Civil Veterinary Dept. Assam report 1911-1927 - 1911-1927
Year: 1911
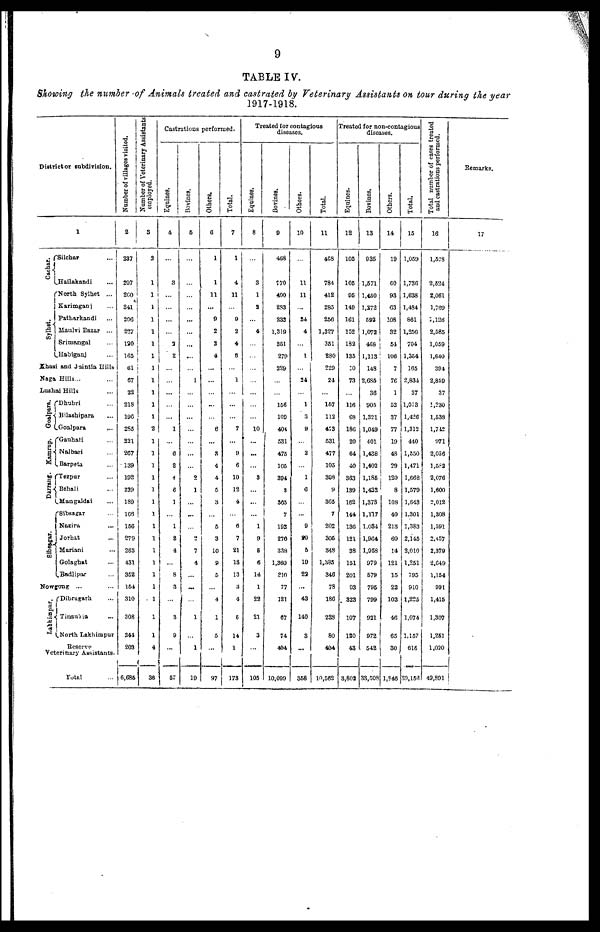
9
TABLE IV.
Showing the number of Animals treated and castrated by Veterinary Assistants on tour during the year
1917-1918.
District or subdivision.
1
Cachar.
Sylhet.
Silchar ...
Hailakandi ...
North Sylhet ...
Karimganj ...
Patharkandi ...
Maulvi Bazar ...
Srimangal ...
Habiganj ...
Khasi and Jaintia Hills.
Naga Hills... ...
Lushai Hills ...
Goalpara.
Kamrup.
Darrang.
Slbsagar.
Dhubri ...
Bilashipara ...
Goalpara ...
Gauhati ...
Nalbari ...
Barpeta ...
Tezpur ...
Behali ...
Mangaldai ...
sibsagar ...
Nazira ...
Jorhat ...
Moriani ...
Golaghat ...
Bodlipar ...
Nowgong ... ...
Lakhiapur.
Dibrugarh ...
Tinsusia ...
North Lakhimpur
Reserve
Veterinary Assistants.
Total ...
Number of villages visited.
2
237
207
260
841
206
227
120
165
61
67
22
218
100
285
221
207
139
102
239
189
168
150
279
288
431
352
164
310
308
241
203
6,686
Number of Veterinary Assistants
employed.
3
2
1
1
1
1
1
1
1
1
1
1
1
1
1
1
1
1
1
1
1
1
1
1
1
1
1
1
1
1
1
4
36
Castrations performed.
Equines.
4
...
3
...
...
...
...
2
2
...
...
...
...
...
1
...
6
2
4
6
1
...
1
2
4
...
8
3
...
3
9
...
57
Bovines.
5
...
...
...
...
...
...
...
...
...
1
...
...
...
...
...
...
...
2
1
...
...
...
2
7
4
...
...
...
1
...
1
19
Others.
5
1
1
11
...
9
2
3
4
...
...
...
...
...
6
...
3
4
4
5
3
...
5
3
10
9
5
...
4
1
6
...
97
Total.
7
1
4
11
...
9
2
4
8
...
1
...
...
...
7
...
9
6
10
12
4
...
6
7
21
18
13
3
4
6
14
1
173
Treated for contagious
diseases.
Equines.
8
...
3
1
8
...
4
...
...
...
...
...
...
...
10
...
...
...
3
...
...
...
1
9
5
6
14
1
28
21
3
...
105
Bovines.
9
468
170
400
233
232
1,319
351
279
229
...
...
156
109
404
531
475
106
394
3
305
7
192
270
338
1,360
810
77
121
67
74
404
10,099
Others.
10
...
11
11
...
24
4
...
1
...
24
...
1
3
9
...
2
...
1
6
...
...
9
20
5
10
22
...
43
140
3
...
358
Total.
11
468
784
412
285
256
1,327
361
280
229
24
...
167
113
423
531
477
105
308
9
365
7
202
306
348
1,335
340
73
186
228
80
404
10,562
Treated for non-contagious
diseases.
Equines.
12
105
106
95
149
161
152
182
135
10
73
...
116
68
186
20
64
40
363
139
162
144
136
121
38
151
201
93
323
107
120
43
3,802
Bovines.
13
935
1,571
1,450
1,272
592
1,072
408
1,113
148
2,635
38
905
1,321
1.049
401
1,438
1,402
1,185
1,432
1,373
1,117
1,034
1,964
1,958
979
579
796
799
921
972
542
33,508
Others.
14
19
60
93
63
108
32
54
106
7
76
1
52
37
77
19
48
29
120
8
108
40
213
60
14
121
15
22
103
46
65
30
1,346
Total.
15
1,059
1,736
1,638
1,484
861
1,256
704
1,364
165
2,834
37
1,073
1,420
1,312
440
1,550
1,471
1,663
1,579
1,643
1,301
1,383
2,146
3,010
1,251
795
910
1,225
1,074
1,157
616
80,158
Total number
of cases treated
and castrations performed.
16
1,528
2,324
2,061
1,769
1,136
2,585
1,059
1,640
394
2,859
37
1,230
1,538
1,742
971
2,036
1582
2,076
1,600
2,012
1,308
1,591
2,457
2,379
2,649
1,154
991
1,415
1,307
1,251
1,020
49,891
Remarks.
17